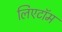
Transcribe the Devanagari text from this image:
लिएटॉम